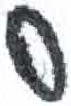
אות: ס